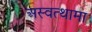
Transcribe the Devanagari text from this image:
अस्वत्थामा